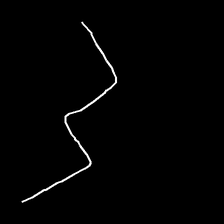
Glyph: crush